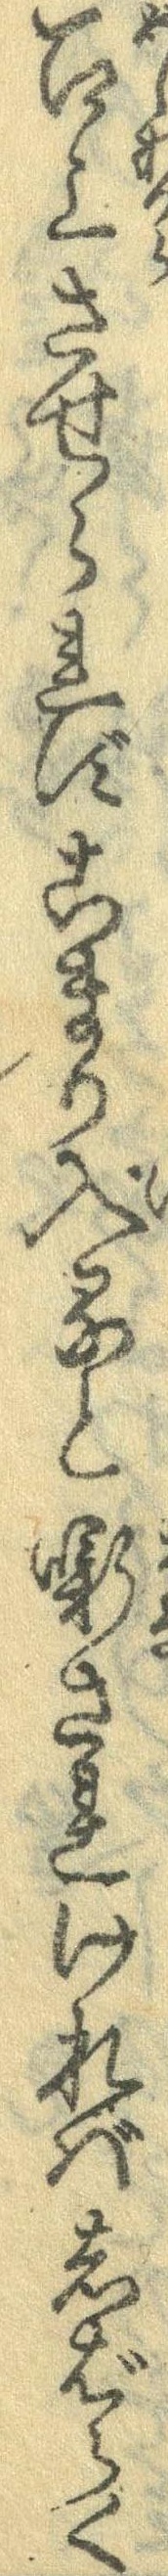
召上させられずこまり入ると噺されければしばらく